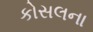
કોસલના